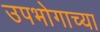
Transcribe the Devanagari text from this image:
उपभोगाच्या